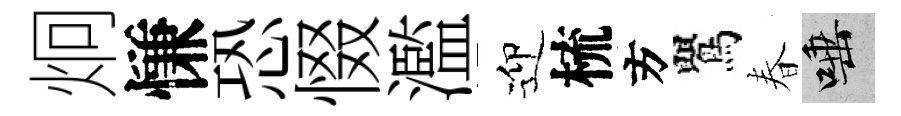
炯慊恐惙濫迎梳方鸎春唾